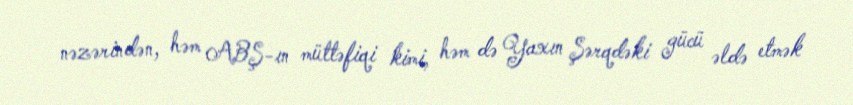
nəzərindən, həm ABŞ-ın müttəfiqi kimi, həm də Yaxın Şərqdəki gücü əldə etmək